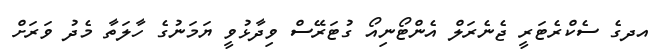
އދގެ ސެކްރެޓަރީ ޖެނެރަލް އެންޓޯނިއޯ ގުޓަރޭސް ވިދާޅުވީ ޔަމަނުގެ ހާލަތާ މެދު ވަރަށް